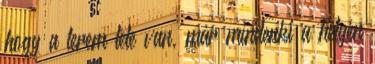
hogy a terem tele van, már mindenki a helyén